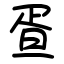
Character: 疍